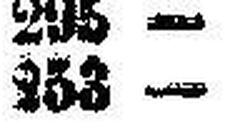
253 —